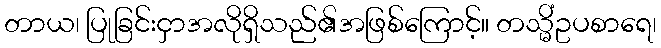
တာယ၊ ပြုခြင်းငှာအလိုရှိသည်၏အဖြစ်ကြောင့်။ တသ္မိံဥပစာရေ၊